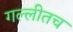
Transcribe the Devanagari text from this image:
गल्लीतच